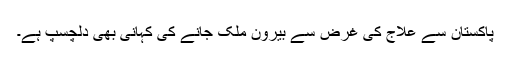
پاکستان سے علاج کی غرض سے بیرون ملک جانے کی کہانی بھی دلچسپ ہے۔